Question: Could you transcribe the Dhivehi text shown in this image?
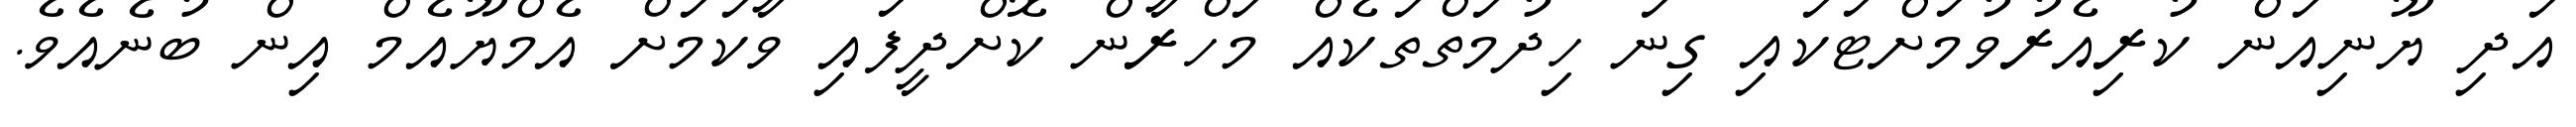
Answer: އަދި ޔޫނިއަން ކުރިއެރުވުމަށްޓަކައި ގިނަ ހިދުމަތްތަކެއް މަހްރާން ކޮށްދީފައި ވާކަމަށް އެމްޔޫއެމް އިން ބުނެއެވެ.